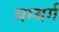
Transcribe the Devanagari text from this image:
बम्बर्ग